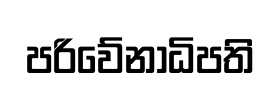
පරිවේනාධිපති